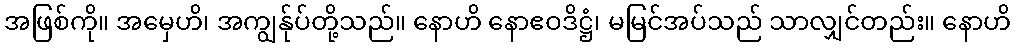
အဖြစ်ကို။ အမှေဟိ၊ အကျွန်ုပ်တို့သည်။ နောဟိ နောဧဝဒိဋ္ဌံ၊ မမြင်အပ်သည် သာလျှင်တည်း။ နောဟိ